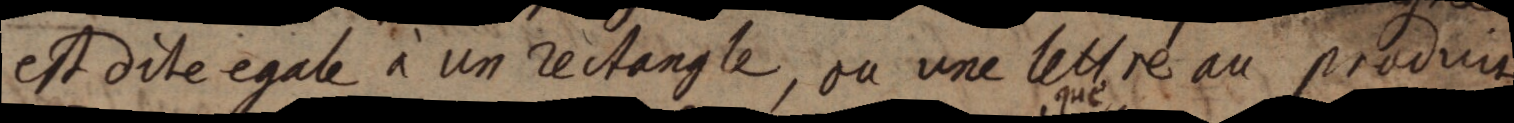
est dite egale à un rectangle, ou une lettre au produit